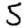
Digit: 5